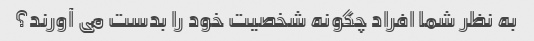
به نظر شما افراد چگونه شخصیت خود را بدست می آورند؟